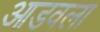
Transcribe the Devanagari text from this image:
आडवला